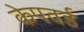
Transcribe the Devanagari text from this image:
केपवर्ड